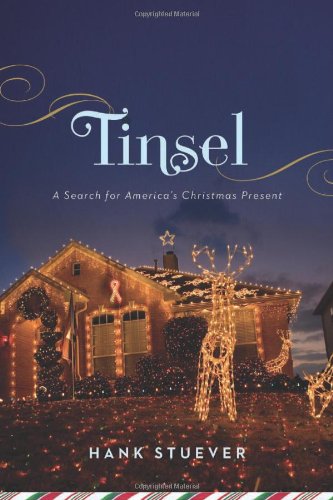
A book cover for Tinsel: A Search for America's Christmas Present; Hank Stuever; Politics & Social Sciences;